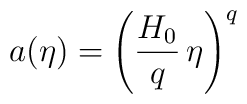
a(\eta) = \left(\frac{H_0}{q} \, \eta \right)^q